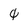
Character: 0